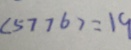
( 5 7 7 6 ) = 1 9